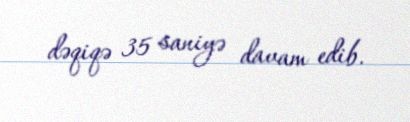
dəqiqə 35 saniyə davam edib.